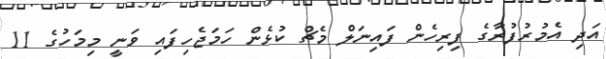
އަދި އެމުރުފުރާގެ ފިރިހެން ފައިނަލް މެޗް ކުޅެން ހަމަޖެހިފައި ވަނީ މިމަހުގެ 11